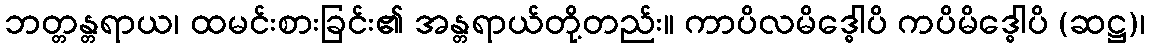
ဘတ္တန္တရာယ၊ ထမင်းစားခြင်း၏ အန္တရာယ်တို့တည်း။ ကာပိလမိဒ္ဓေါပိ ကပိမိဒ္ဓေါပိ (ဆဋ္ဌ)၊